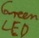
Text: LED